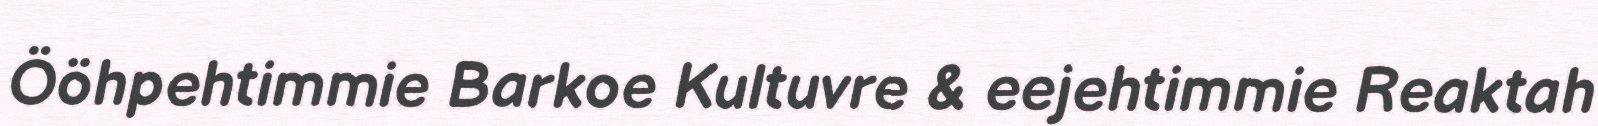
Ööhpehtimmie Barkoe Kultuvre & eejehtimmie Reaktah